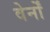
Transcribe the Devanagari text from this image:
वेर्नों